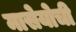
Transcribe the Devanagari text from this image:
मासेयोची